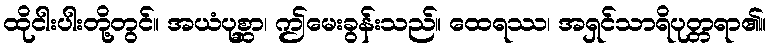
ထိုငါးပါးတို့တွင်။ အယံပုစ္ဆာ၊ ဤမေးခွန်းသည်။ ထေရဿ၊ အရှင်သာရိပုတ္တရာ၏။